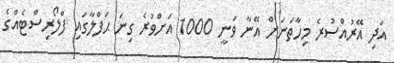
އަދި އޭރުއްސުރެ މިހާތަނަށް އޭނާ ވަނީ 1000 އަށްވުރެ ގިނަ ޙަފްލާގައި ފްލޯރިސްޓެއްގެ